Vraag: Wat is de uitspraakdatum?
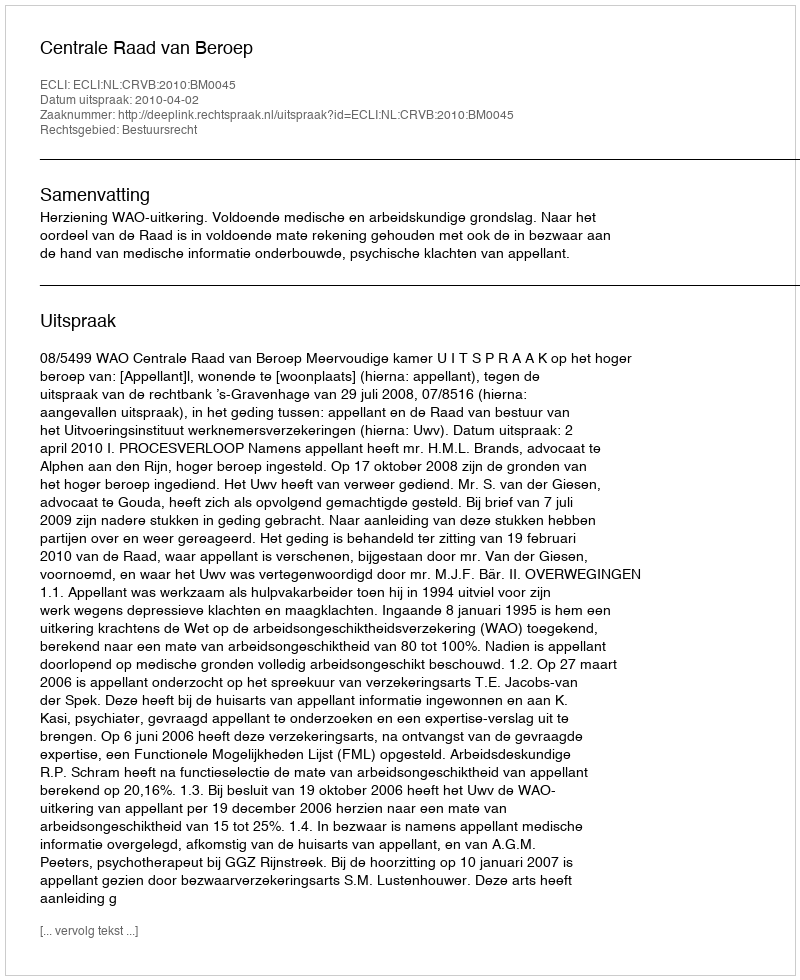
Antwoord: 2010-04-02